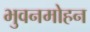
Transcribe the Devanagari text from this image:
भुवनमोहन